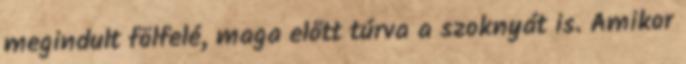
megindult fölfelé, maga előtt túrva a szoknyát is. Amikor